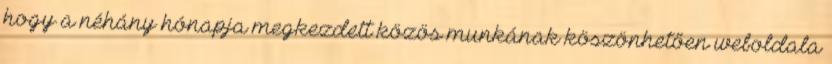
hogy a néhány hónapja megkezdett közös munkának köszönhetően weboldala